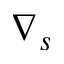
\nabla _ { s }